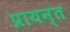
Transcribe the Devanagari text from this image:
प्रायन्त